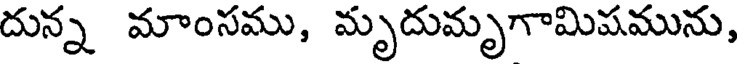
దున్న మాంసము, మృదుమృగామిషమును,